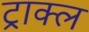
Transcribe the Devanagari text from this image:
ट्राक्ल